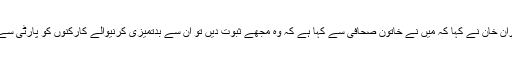
ایک اور سوال پر عمران خان نے کہا کہ میں نے خاتون صحافی سے کہا ہے کہ وہ مجھے ثبوت دیں تو ان سے بدتمیزی کرنیوالے کارکنوں کو پارٹی سے باہر نکال دوں گے ۔